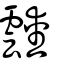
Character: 靉